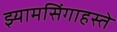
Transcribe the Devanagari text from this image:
झ्यामसिंगाहस्ते